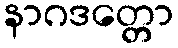
နာဂဒတ္တော